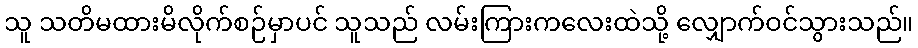
သူ သတိမထားမိလိုက်စဉ်မှာပင် သူသည် လမ်းကြားကလေးထဲသို့ လျှောက်ဝင်သွားသည်။